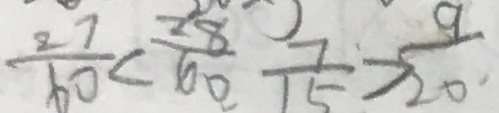
\frac { 2 7 } { 6 0 } < \frac { 2 8 } { 6 0 } \frac { 7 } { 1 5 } > \frac { 9 } { 2 0 }